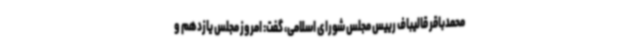
محمدباقر قالیباف رییس مجلس شورای اسلامی، گفت: امروز مجلس یازدهم و